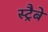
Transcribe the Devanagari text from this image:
स्ट्रैबे